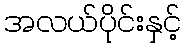
အလယ်ပိုင်းနှင့်